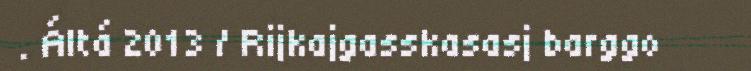
. Áltá 2013 / Rijkajgasskasasj barggo